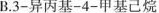
B.3-异丙基-4-甲基己烷